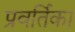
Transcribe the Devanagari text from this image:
प्रवर्तिका